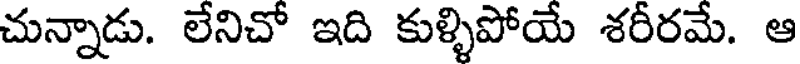
చున్నాడు. లేనిచో ఇది కుళ్ళిపోయే శరీరమే. ఆ